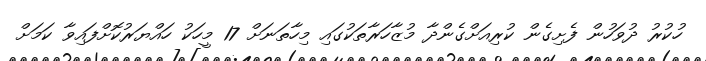
ހުކުރު ދުވަހުން ފެށިގެން ކުރިއަށްގެންދާ މުޒާހަރާތަކުގައި މިހާތަނަށް 17 މީހަކު ހައްޔަރުކޮށްފައިވާ ކަމަށް